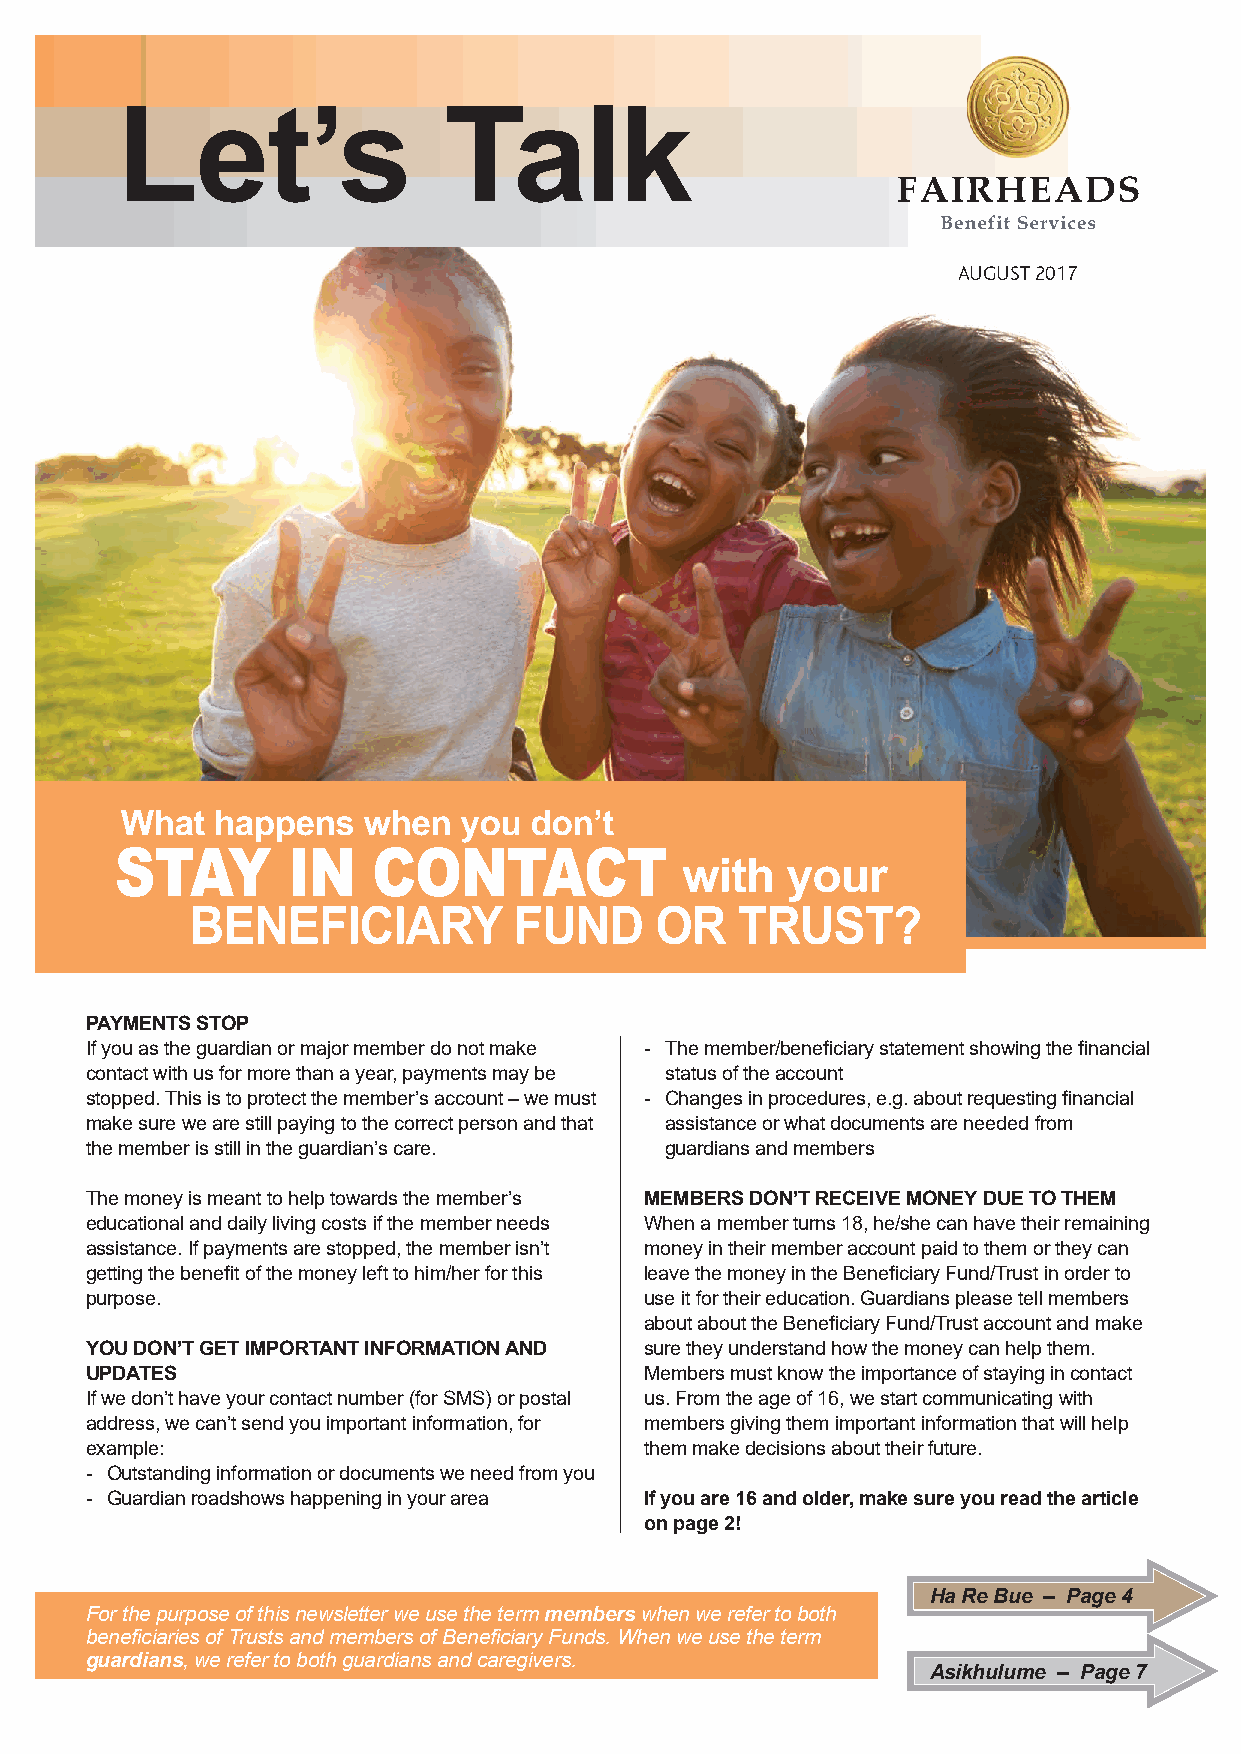
Let’s                Talk
 AUGUST 2017
 PAYMENTS STOP
 If you as the guardian or major member do not make - The member/beneficiary statement showing the financial
 contact with us for more than a year, payments may be status of the account
 stopped. This is to protect the member’s account – we must - Changes in procedures, e.g. about requesting financial
 make sure we are still paying to the correct person and that assistance or what documents are needed from
 the member is still in the guardian’s care. guardians and members
 The money is meant to help towards the member’s MEMBERS DON’T RECEIVE MONEY DUE TO THEM
 educational and daily living costs if the member needs When a member turns 18, he/she can have their remaining
 assistance. If payments are stopped, the member isn’t money in their member account paid to them or they can
 getting the benefit of the money left to him/her for this leave the money in the Beneficiary Fund/Trust in order to
 purpose.                             use it for their education. Guardians please tell members
 about about the Beneficiary Fund/Trust account and make
 YOU DON’T GET IMPORTANT INFORMATION AND sure they understand how the money can help them.
 UPDATES                              Members must know the importance of staying in contact
 If we don’t have your contact number (for SMS) or postal us. From the age of 16, we start communicating with
 address, we can’t send you important information, for members giving them important information that will help
 example:                             them make decisions about their future.
 - Outstanding information or documents we need from you
 - Guardian roadshows happening in your area If you are 16 and older, make sure you read the article
 on page 2!
 Ha Re Bue – Page 4
 For the purpose of this newsletter we use the term members when we refer to both
 beneficiaries of Trusts and members of Beneficiary Funds. When we use the term
 guardians, we refer to both guardians and caregivers.
 Asikhulume – Page 7